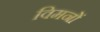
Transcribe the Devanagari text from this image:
विमनों